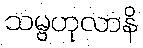
သမ္ဗဟုလာနိ